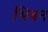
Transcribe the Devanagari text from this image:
भिषन